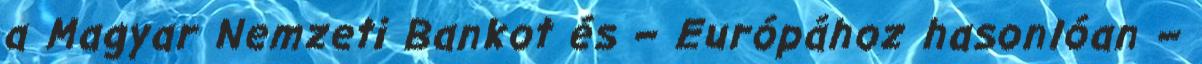
a Magyar Nemzeti Bankot és – Európához hasonlóan –